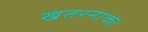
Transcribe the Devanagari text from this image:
खतरनाक।